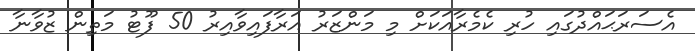
އެސަރަޙައްދުގައި ހުރި ކެމެރާއަކަށް މި މަންޒަރު އަރާފައިވާއިރު 50 ފޫޓު މަތިން ޒުވާނާ